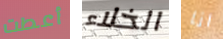
أعطت الخلاء انا